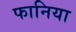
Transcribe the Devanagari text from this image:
फानिया